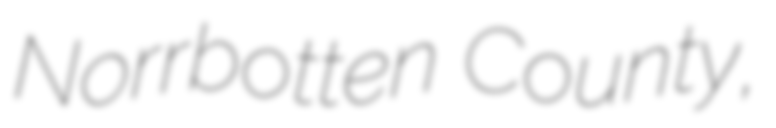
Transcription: Norrbotten County,